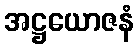
အဋ္ဌယောဇနံ